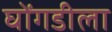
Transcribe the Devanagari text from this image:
घोंगडीला